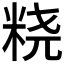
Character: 𱸼